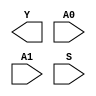
module sky130_fd_sc_hd__udp_mux_2to1_N (
    Y ,
    A0,
    A1,
    S
);

    output Y ;
    input  A0;
    input  A1;
    input  S ;
endmodule